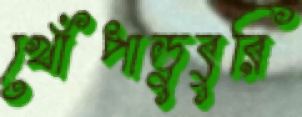
খোঁপাডুবুরি